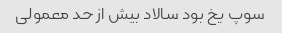
سوپ یخ بود سالاد بیش از حد معمولی